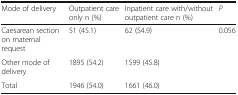
| Mode of delivery | Outpatient care only n (%) | Inpatient care with/without outpatient care n (%) | P |
 | --- | --- | --- | --- |
 | Caesarean section on maternal request | 51 (45.1) | 62 (54.9) | 0.056 |
 | Other mode of delivery | 1895 (54.2) | 1599 (45.8) |  |
 | Total | 1946 (54.0) | 1661 (46.0) |  |